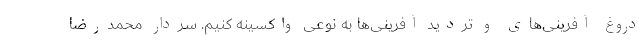
دروغ آفرینی‌های و تردید آفرینی‌ها به نوعی واکسینه کنیم. سردار محمدرضا